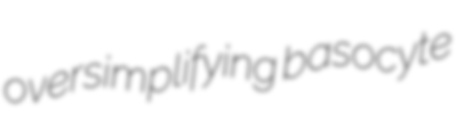
oversimplifying basocyte